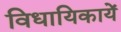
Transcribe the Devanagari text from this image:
विधायिकायें